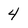
Character: 4